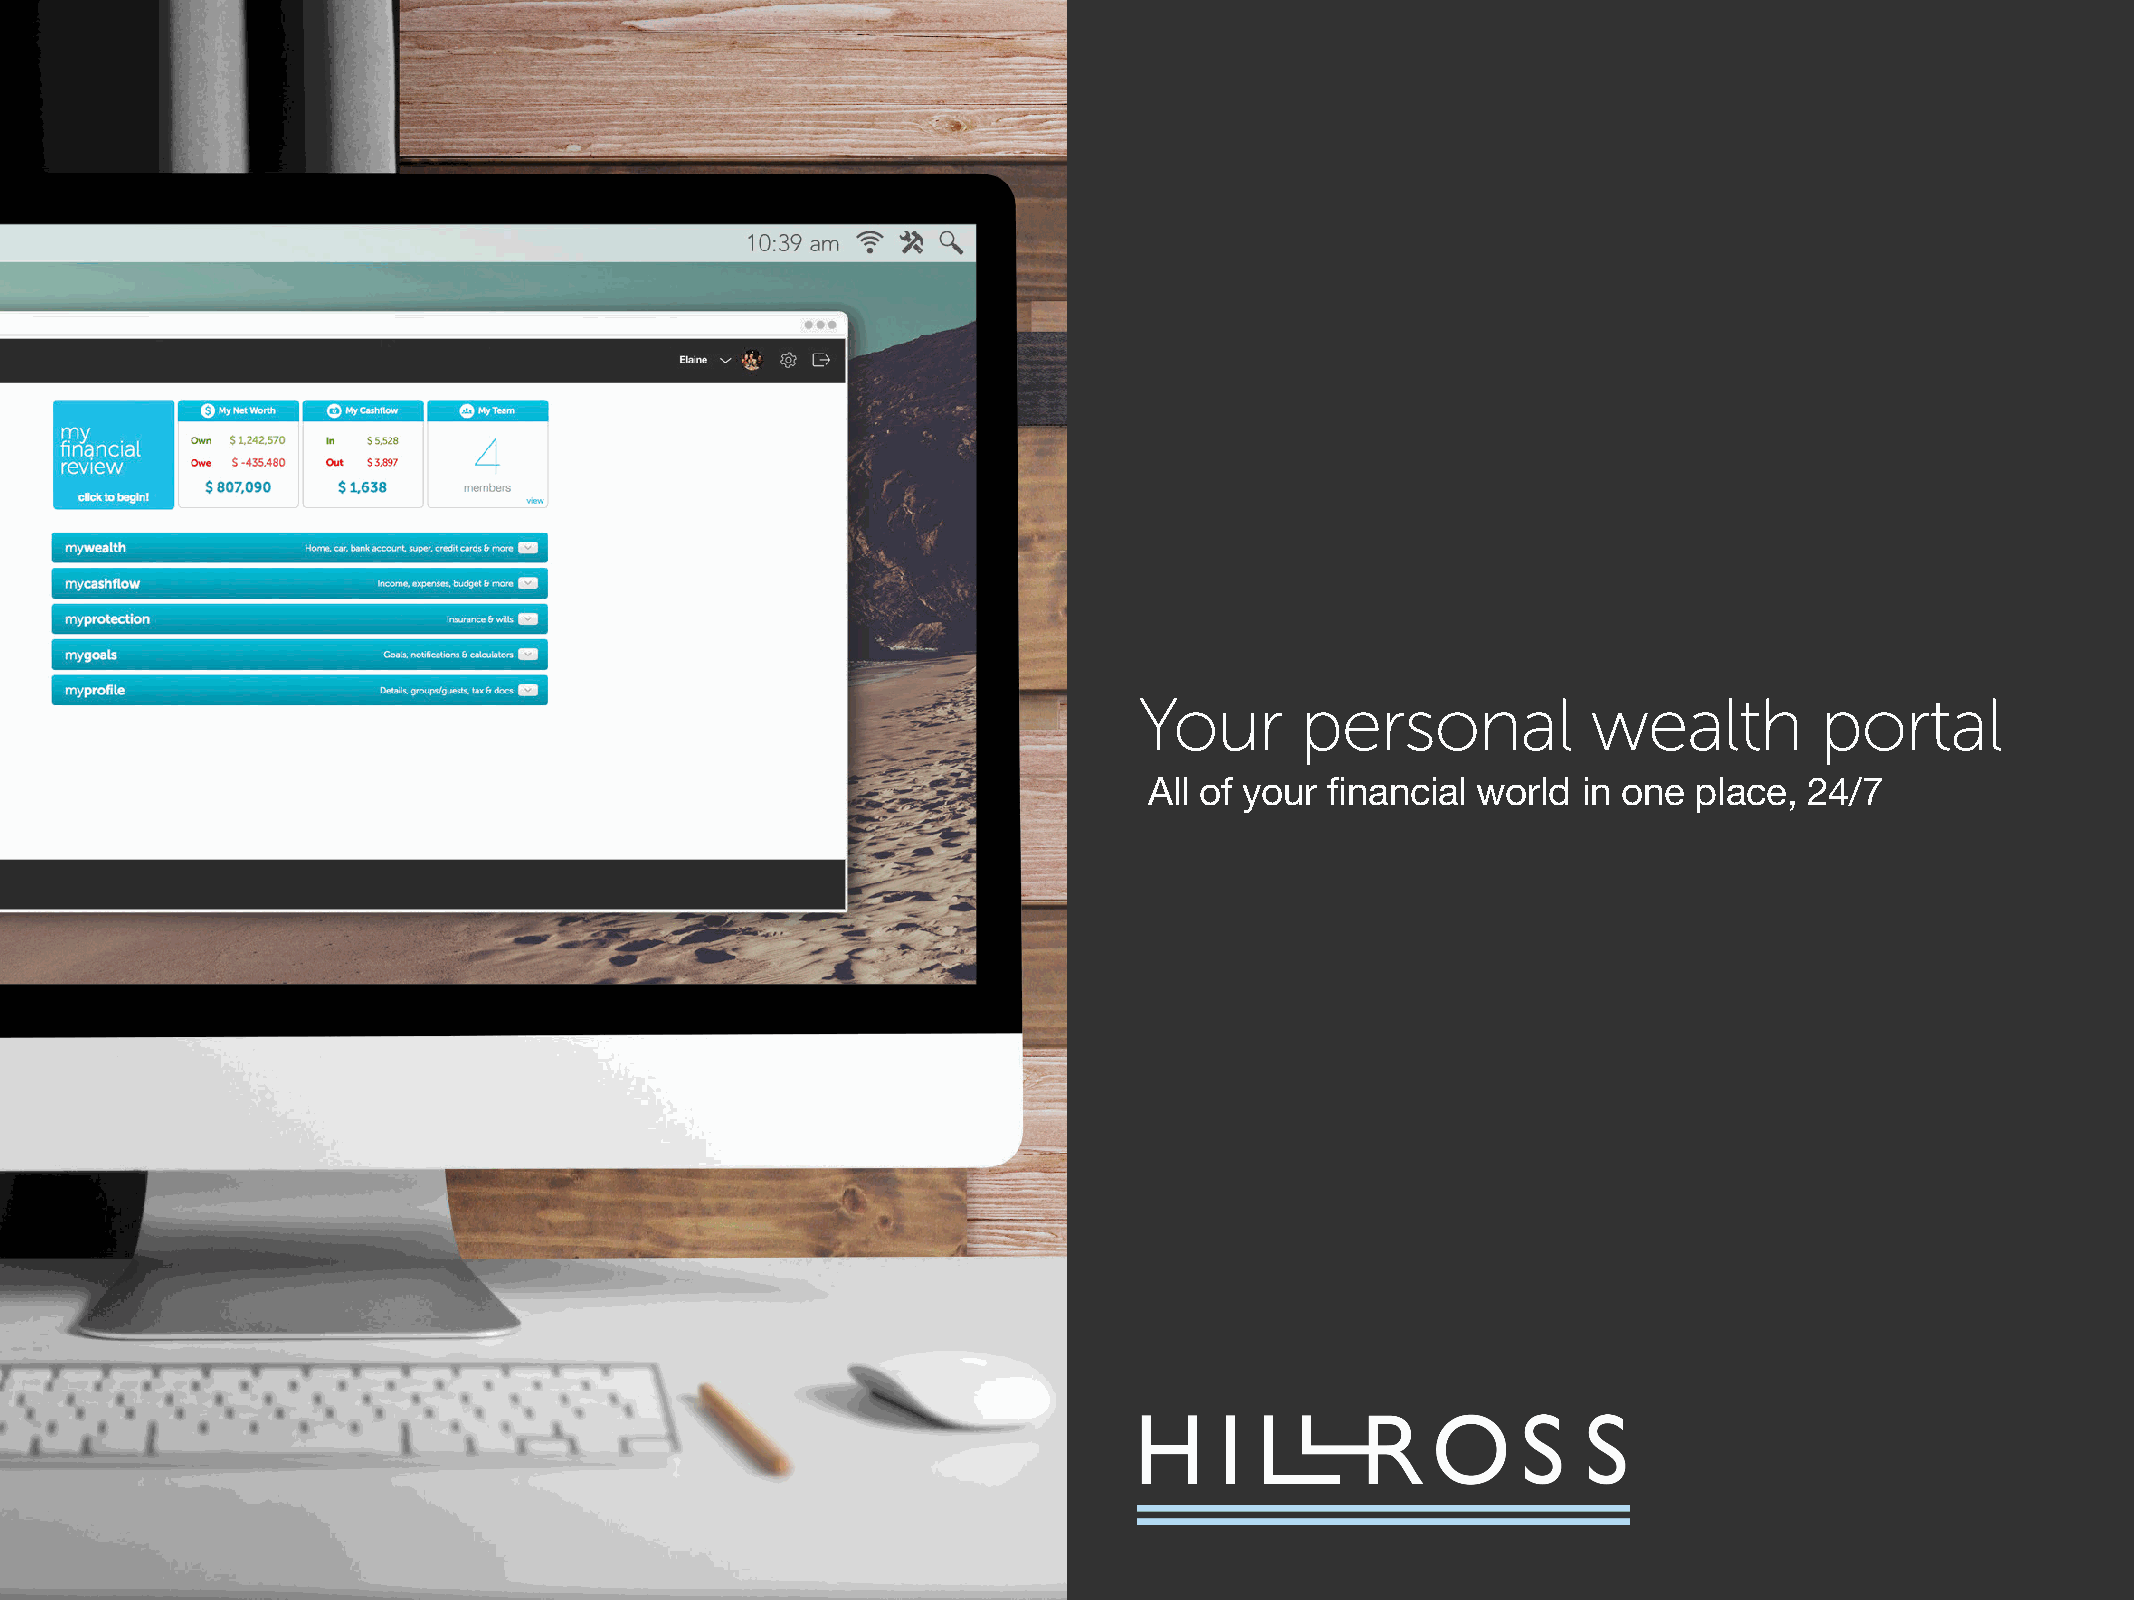
Your       personal           wealth         portal
 All of your financial world  in one place,  24/7